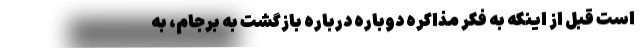
است قبل از اینکه به فکر مذاکره دوباره درباره بازگشت به برجام، به